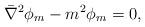
LaTeX: \begin{align*}\bar \nabla^2 \phi_m -m^2 \phi_m=0,\end{align*}